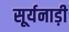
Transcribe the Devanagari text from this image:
सूर्यनाड़ी